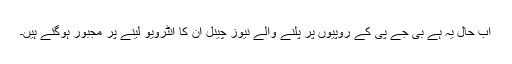
اب حال یہ ہے بی جے پی کے روپیوں پر پلنے والے نیوز چینل ان کا انٹرویو لینے پر مجبور ہوگئے ہیں۔